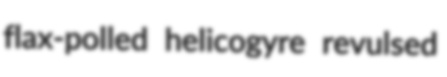
flax-polled helicogyre revulsed